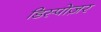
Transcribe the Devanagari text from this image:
डिस्पोज़र